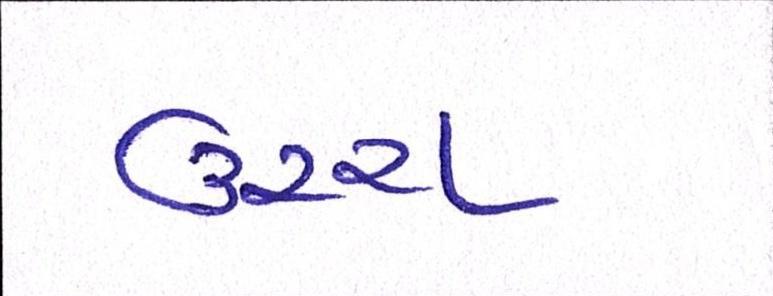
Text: ઉચ્ચ